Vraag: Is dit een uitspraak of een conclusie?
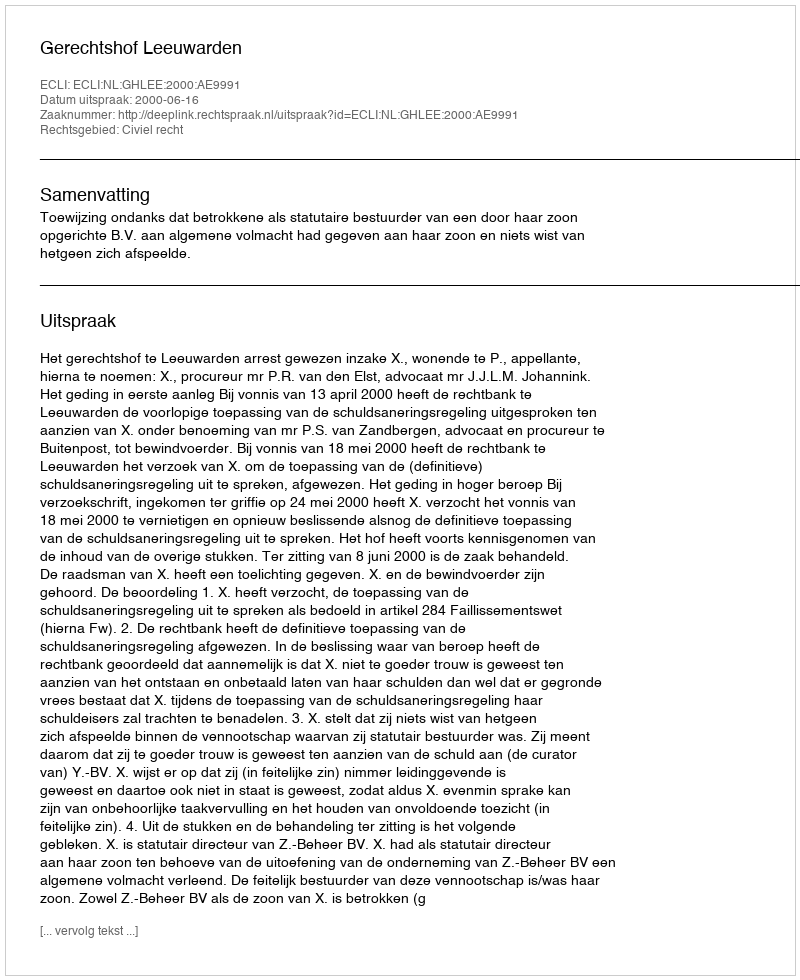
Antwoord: Uitspraak